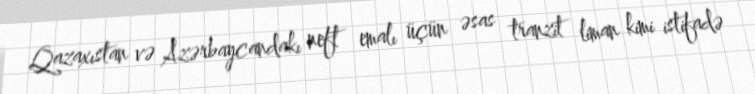
Qazaxıstan və Azərbaycandakı neft emalı üçün əsas tranzit liman kimi istifadə